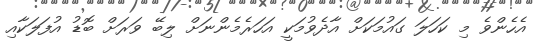
އެހެންވެ މި ކަހަލަ ގައުމަކަށް އާދެވުމަކީ އަހަރެމެންނަށް ލިބޭ ވަރަށް ބޮޑު އުފަލަކާއި